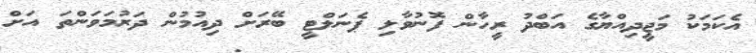
އެކަމަކު މަޖީދިއްޔާގެ އަބްދު ރީހާން ފޮނުވާލި ޕެނަލްޓީ ބޭރަށް ދިއުމުން ދަރުމަވަންތަ އަށް